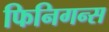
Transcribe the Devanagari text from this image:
फिनिगन्स